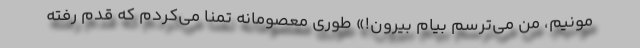
مونیم، من می‌ترسم بیام بیرون!» طوری معصومانه تمنا می‌کردم که قدم رفته